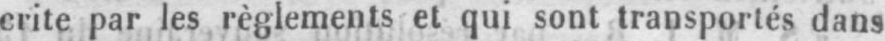
crite par les règlements et qui sont transportés dans